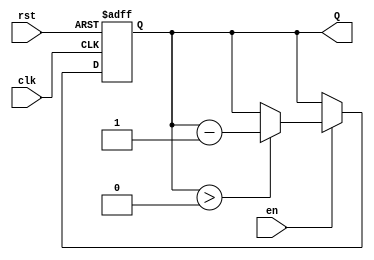
module BinaryDownCounter #(parameter n = 4) (
    input wire clk,        // Clock input
    input wire rst,        // Reset input (active-high)
    input wire en,         // Enable input (active-high)
    output reg [n-1:0] Q   // n-bit output for the count
);
    
    // Maximum count value, 2^n - 1
    localparam MAX_COUNT = (1 << n) - 1;

    // Sequential logic for down counter
    always @(posedge clk or posedge rst) begin
        if (rst) begin
            // On reset, set Q to maximum count value
            Q <= MAX_COUNT;
        end else if (en) begin
            if (Q > 0) begin
                // Decrement the counter if it is greater than 0
                Q <= Q - 1;
            end
        end
    end

    // Optional: Initialize Q for simulation purposes
    initial begin
        Q = MAX_COUNT; // Initialize to maximum count at the start
    end
endmodule